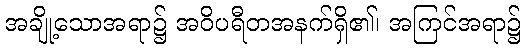
အချို့သောအရာ၌ အဝိပရီတအနက်ရှိ၏၊ အကြင်အရာ၌